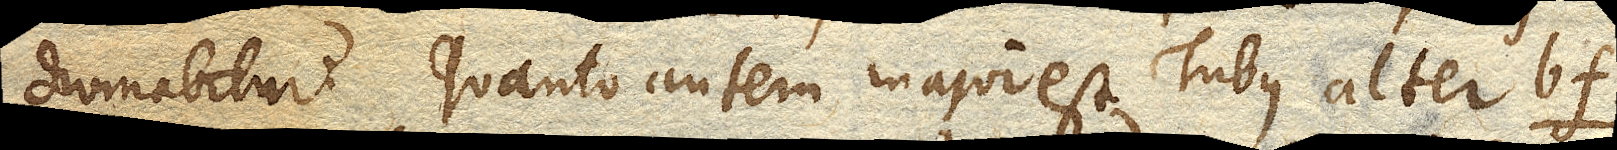
divinabitur. Quanto autem major est Tubus alter bf.